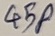
Text: 45P